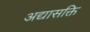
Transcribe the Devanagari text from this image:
अद्यासक्ति